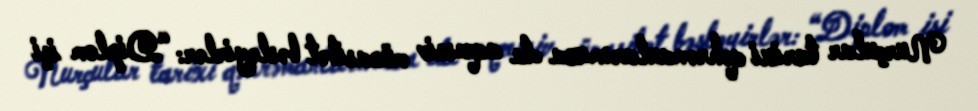
Nurçular tarixi qəhrəmanlarımıza da aqressiv münasibət bəsləyirlər: “Diplom işi